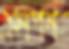
প্রলপন